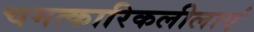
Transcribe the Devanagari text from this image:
चमत्कारिकलीलाएं